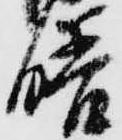
膳